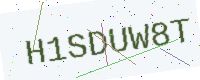
Text: H1SDUW8T